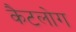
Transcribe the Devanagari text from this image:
कैटलोग